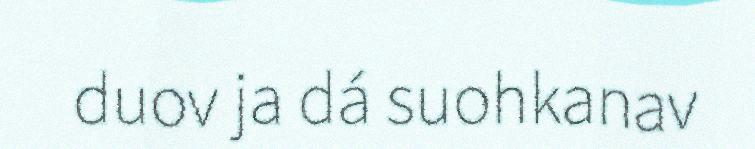
duov ja dá suohkanav